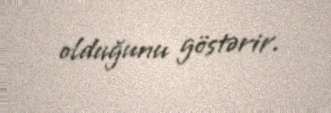
olduğunu göstərir.